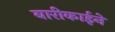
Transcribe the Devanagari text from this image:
बारीकाईने